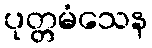
ပုတ္တမံသေန